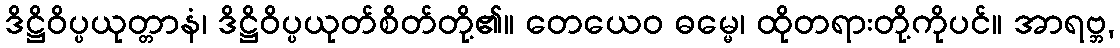
ဒိဋ္ဌိဝိပ္ပယုတ္တာနံ၊ ဒိဋ္ဌိဝိပ္ပယုတ်စိတ်တို့၏။ တေယေဝ ဓမ္မေ၊ ထိုတရားတို့ကိုပင်။ အာရဗ္ဘ,